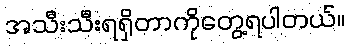
အသီးသီးရရှိတာကိုတွေ့ရပါတယ်။